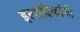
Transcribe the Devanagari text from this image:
इत्यादिकांची